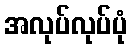
အလုပ်လုပ်ပုံ